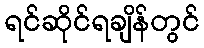
ရင်ဆိုင်ရချိန်တွင်